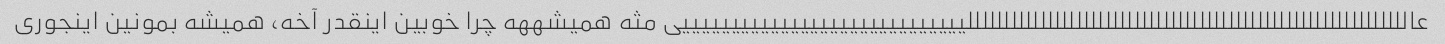
عالللللللللللللللللللللللللللللللللللللللللللللللللللللللللللللیییییییییییییییییییییییییییییی مثه همیشههه چرا خوبین اینقدر آخه، همیشه بمونین اینجوری